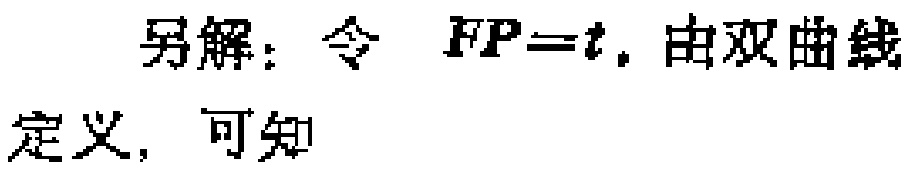
另解：令 \(FP = t\). 由双曲线定义，可知